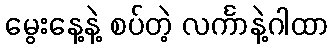
မွေးနေ့နဲ့ စပ်တဲ့ လင်္ကာနဲ့ဂါထာ